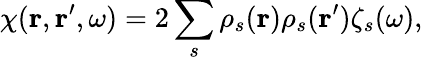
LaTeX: \chi(\mathbf{r},\mathbf{r}^{\prime},\omega)=2\sum_{s}\rho_{s}(\mathbf{r})\rho_{s}(\mathbf{r}^{\prime})\zeta_{s}(\omega),